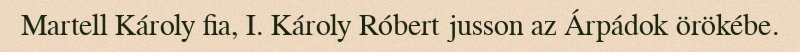
Martell Károly fia, I. Károly Róbert jusson az Árpádok örökébe.